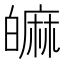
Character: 𤾝